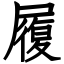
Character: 履